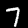
Label: 7